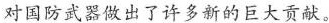
对国防武器做出了许多新的巨大贡献。